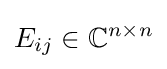
E_{ij}\in \mathbb {C} ^{n\times n}